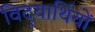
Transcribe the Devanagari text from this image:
विद्‍यार्थियों